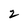
Character: 2